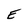
Character: E